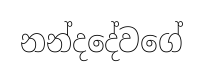
නන්දදේවගේ